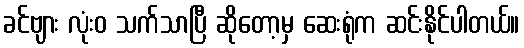
ခင်ဗျား လုံးဝ သက်သာပြီ ဆိုတော့မှ ဆေးရုံက ဆင်းနိုင်ပါတယ်။